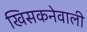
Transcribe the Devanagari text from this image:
खिसकनेवाली